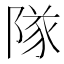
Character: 隊